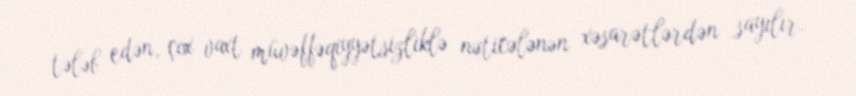
tələb edən, çox vaxt müvəffəqiyyətsizliklə nəticələnən xəsarətlərdən sayılır.